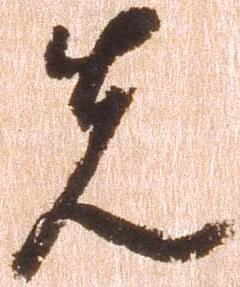
先